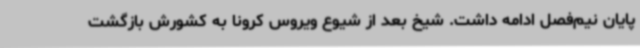
پایان نیم‌فصل ادامه داشت. شیخ بعد از شیوع ویروس کرونا به کشورش بازگشت